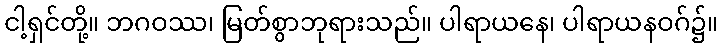
ငါ့ရှင်တို့။ ဘဂဝဿ၊ မြတ်စွာဘုရားသည်။ ပါရာယနေ၊ ပါရာယနဝဂ်၌။